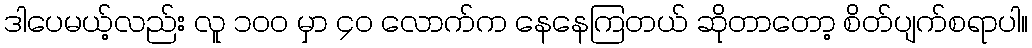
ဒါပေမယ့်လည်း လူ ၁၀၀ မှာ ၄၀ လောက်က နေနေကြတယ် ဆိုတာတော့ စိတ်ပျက်စရာပါ။